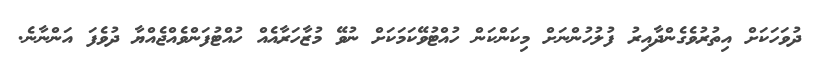
ދުވަހަކަށް އިތުރުވެގެންދާއިރު ފުލުހުންނަށް މިކަންކަން ހުއްޓުވޭކަމަކަށް ނުވޭ މުޒާހަރާއެއް ހުއްޓުފަންވެއްޖެއްޔާ ދުވެފަ އަންނާނެ.